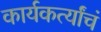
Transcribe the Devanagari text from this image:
कार्यकर्त्यांचं